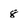
Character: 8